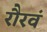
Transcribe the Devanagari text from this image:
रौरवं